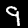
Digit: 9